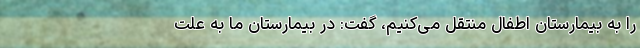
را به بیمارستان اطفال منتقل می‌کنیم، گفت: در بیمارستان ما به علت